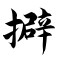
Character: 擗